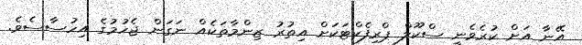
އޭނާ އަށް ކުރެވެނީ ސްކޫލް ޕްރިފެކްޓަކަށް އިތުރު ޒިންމާތަކެއް ނަގަން ޖެހުމުގެ އިހުސާސެވެ.